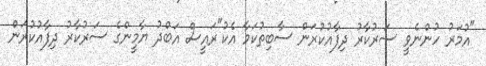
"އުމަރު ހުންނެވީ ސަރުކާރު ދިފާއުކުރަން ސާބިތުކަމާ އެކު"ރައީސް އަބްދު ޔާމީންގެ ސަރުކާރު ދިފާއުކުރަން